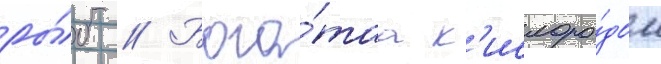
ры́б // Бога́таа к'ислоро́дом